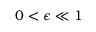
0 < \epsilon \ll 1